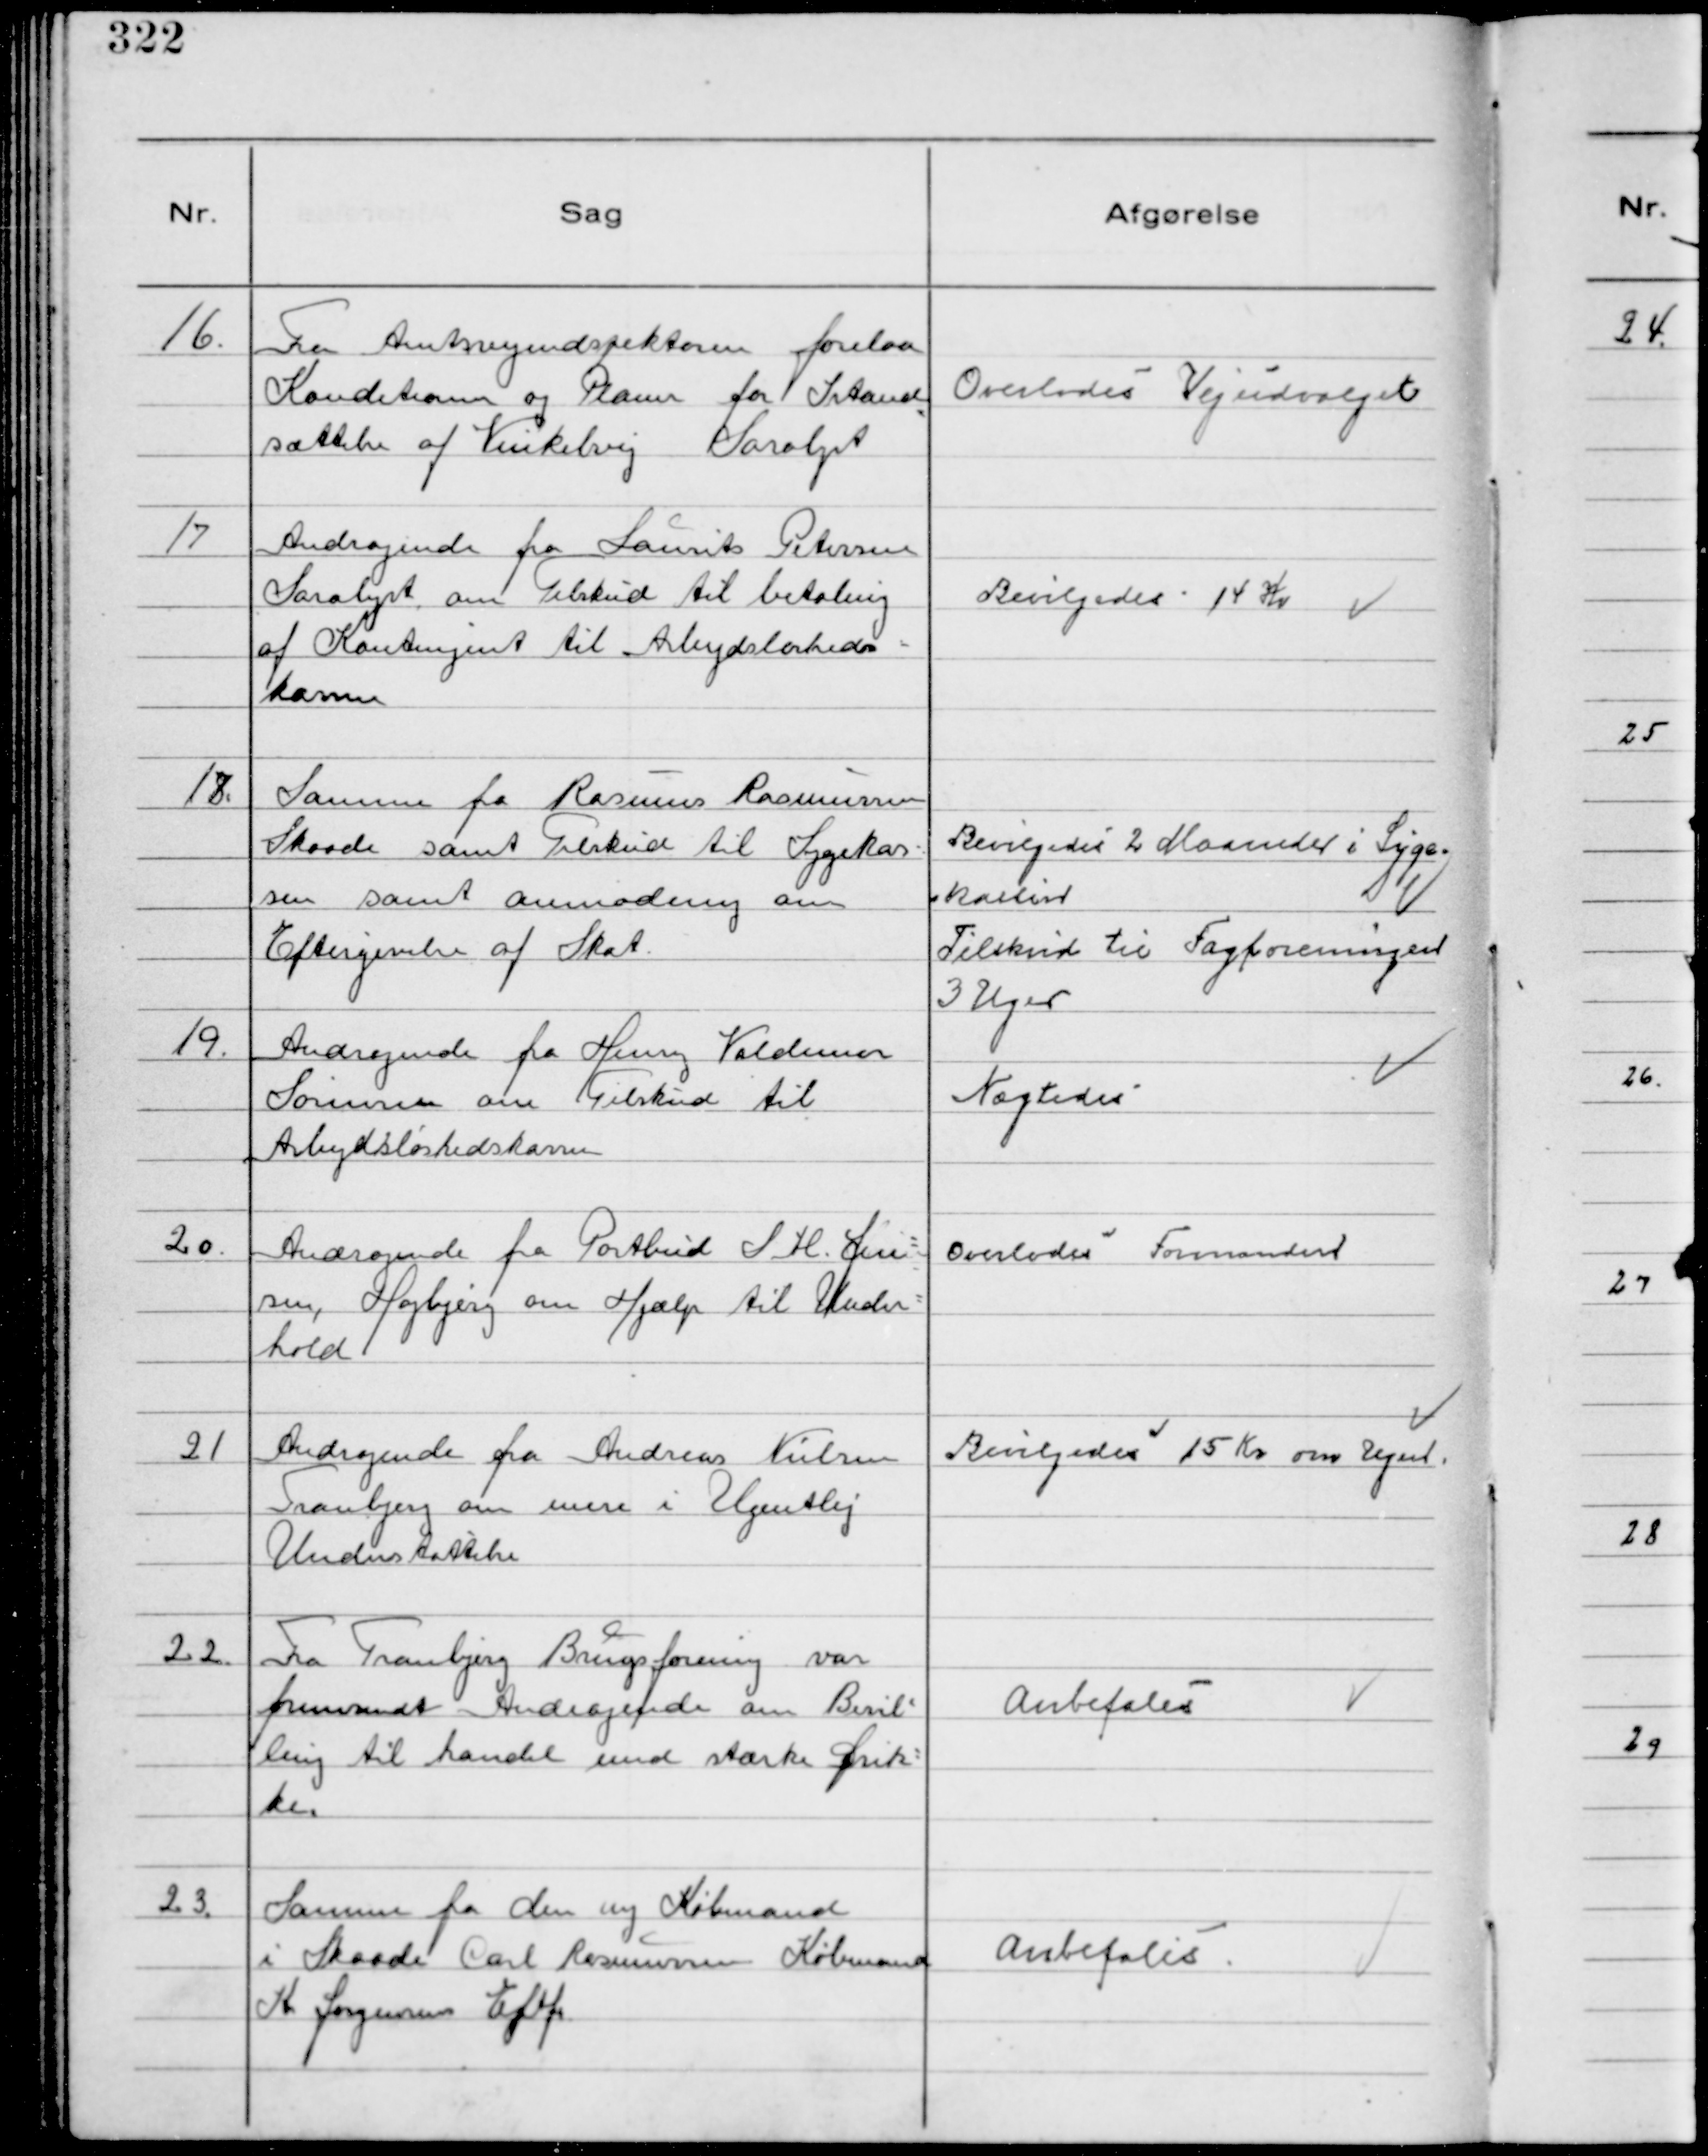
Transskription:
16.
Fra Amtsvejindspektøren forelaa
Konditioner og Planer for Istand
sættelse af Vinkelvej Saralyst

Overlodes Vejudvalget

17
Andragende fra Laurits Petersen
Saralyst om Tilskud til betaling
af Kontingent til Arbejdsløsheds-
kassen

Bevilgedes 14 Kr

18.
Samme fra Rasmus Rasmussen
Skaade samt Tilskud til Sygekas-
sen samt anmodning om
Eftergivelse af Skat.

Bevilgedes 2 Maaneder i Syge-
kassen
Tilskud til Fagforeningen
3 Uger

19.
Andragende fra Henry Valdemar
Sørensen om Tilskud til
Arbejdsløshedskassen

Nægtedes

20.
Andragende fra Postbud S H. Jen-
sen, Højbjerg om Hjælp til Under-
hold

Overlodes Formanden

21
Andragende fra Andreas Nielsen
Tranbjerg om mere i Ugentlig
Understøttelse

Bevilgedes 15 Kr om Ugen.

22.
Fra Tranbjerg Brugsforening var
fremsendt Andragende om Bevil-
ling til handel med stærke Drik-
ke.

Anbefales

23.
Samme fra den ny Købmand
i Skaade Carl Rasmussen Købmand
K. Jørgensens Eftf.

Anbefales